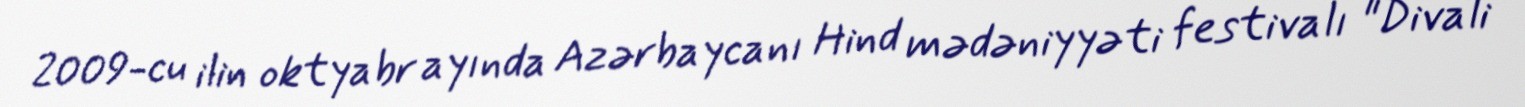
2009-cu ilin oktyabr ayında Azərbaycanı Hind mədəniyyəti festivalı "Divali